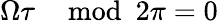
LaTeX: \Omega\tau\mod 2\pi=0